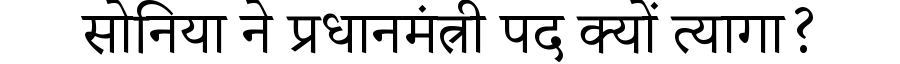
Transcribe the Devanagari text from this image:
सोनिया ने प्रधानमंत्री पद क्यों त्यागा?